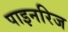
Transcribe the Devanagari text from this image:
पाइनरिज